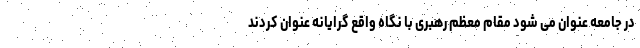
در جامعه عنوان می شود مقام معظم رهبری با نگاه واقع گرایانه عنوان کردند